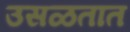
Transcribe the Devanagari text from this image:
उसळतात